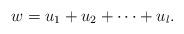
LaTeX: \begin{align*}w=u_1+u_2+\cdots+u_l. \end{align*}